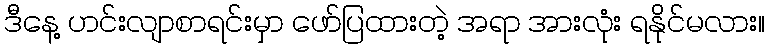
ဒီနေ့ ဟင်းလျာစာရင်းမှာ ဖော်ပြထားတဲ့ အရာ အားလုံး ရနိုင်မလား။